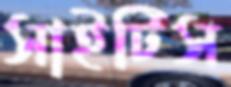
সাইটিস